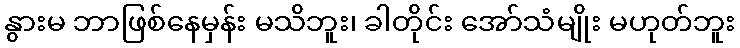
နွားမ ဘာဖြစ်နေမှန်း မသိဘူး၊ ခါတိုင်း အော်သံမျိုး မဟုတ်ဘူး